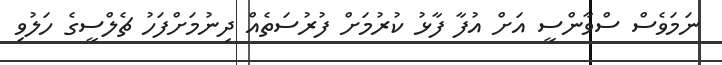
ނަމަވެސް ސްވާންސީ އަށް އުފާ ފާޅު ކުރުމަށް ފުރުސަތެއް ދިނުމަށްފަހު ޗެލްސީގެ ހަލުވި